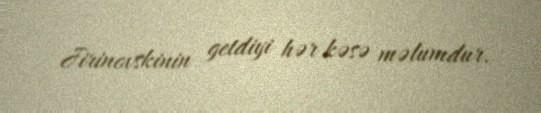
Jirinovskinin getdiyi hər kəsə məlumdur.